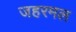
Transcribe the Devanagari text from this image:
जहरमल